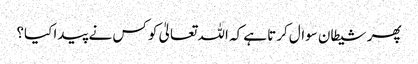
پھر شیطان سوال کرتا ہے کہ اللہ تعالیٰ کو کس نے پیدا کیا؟